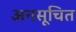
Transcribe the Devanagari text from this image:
अनसूचित